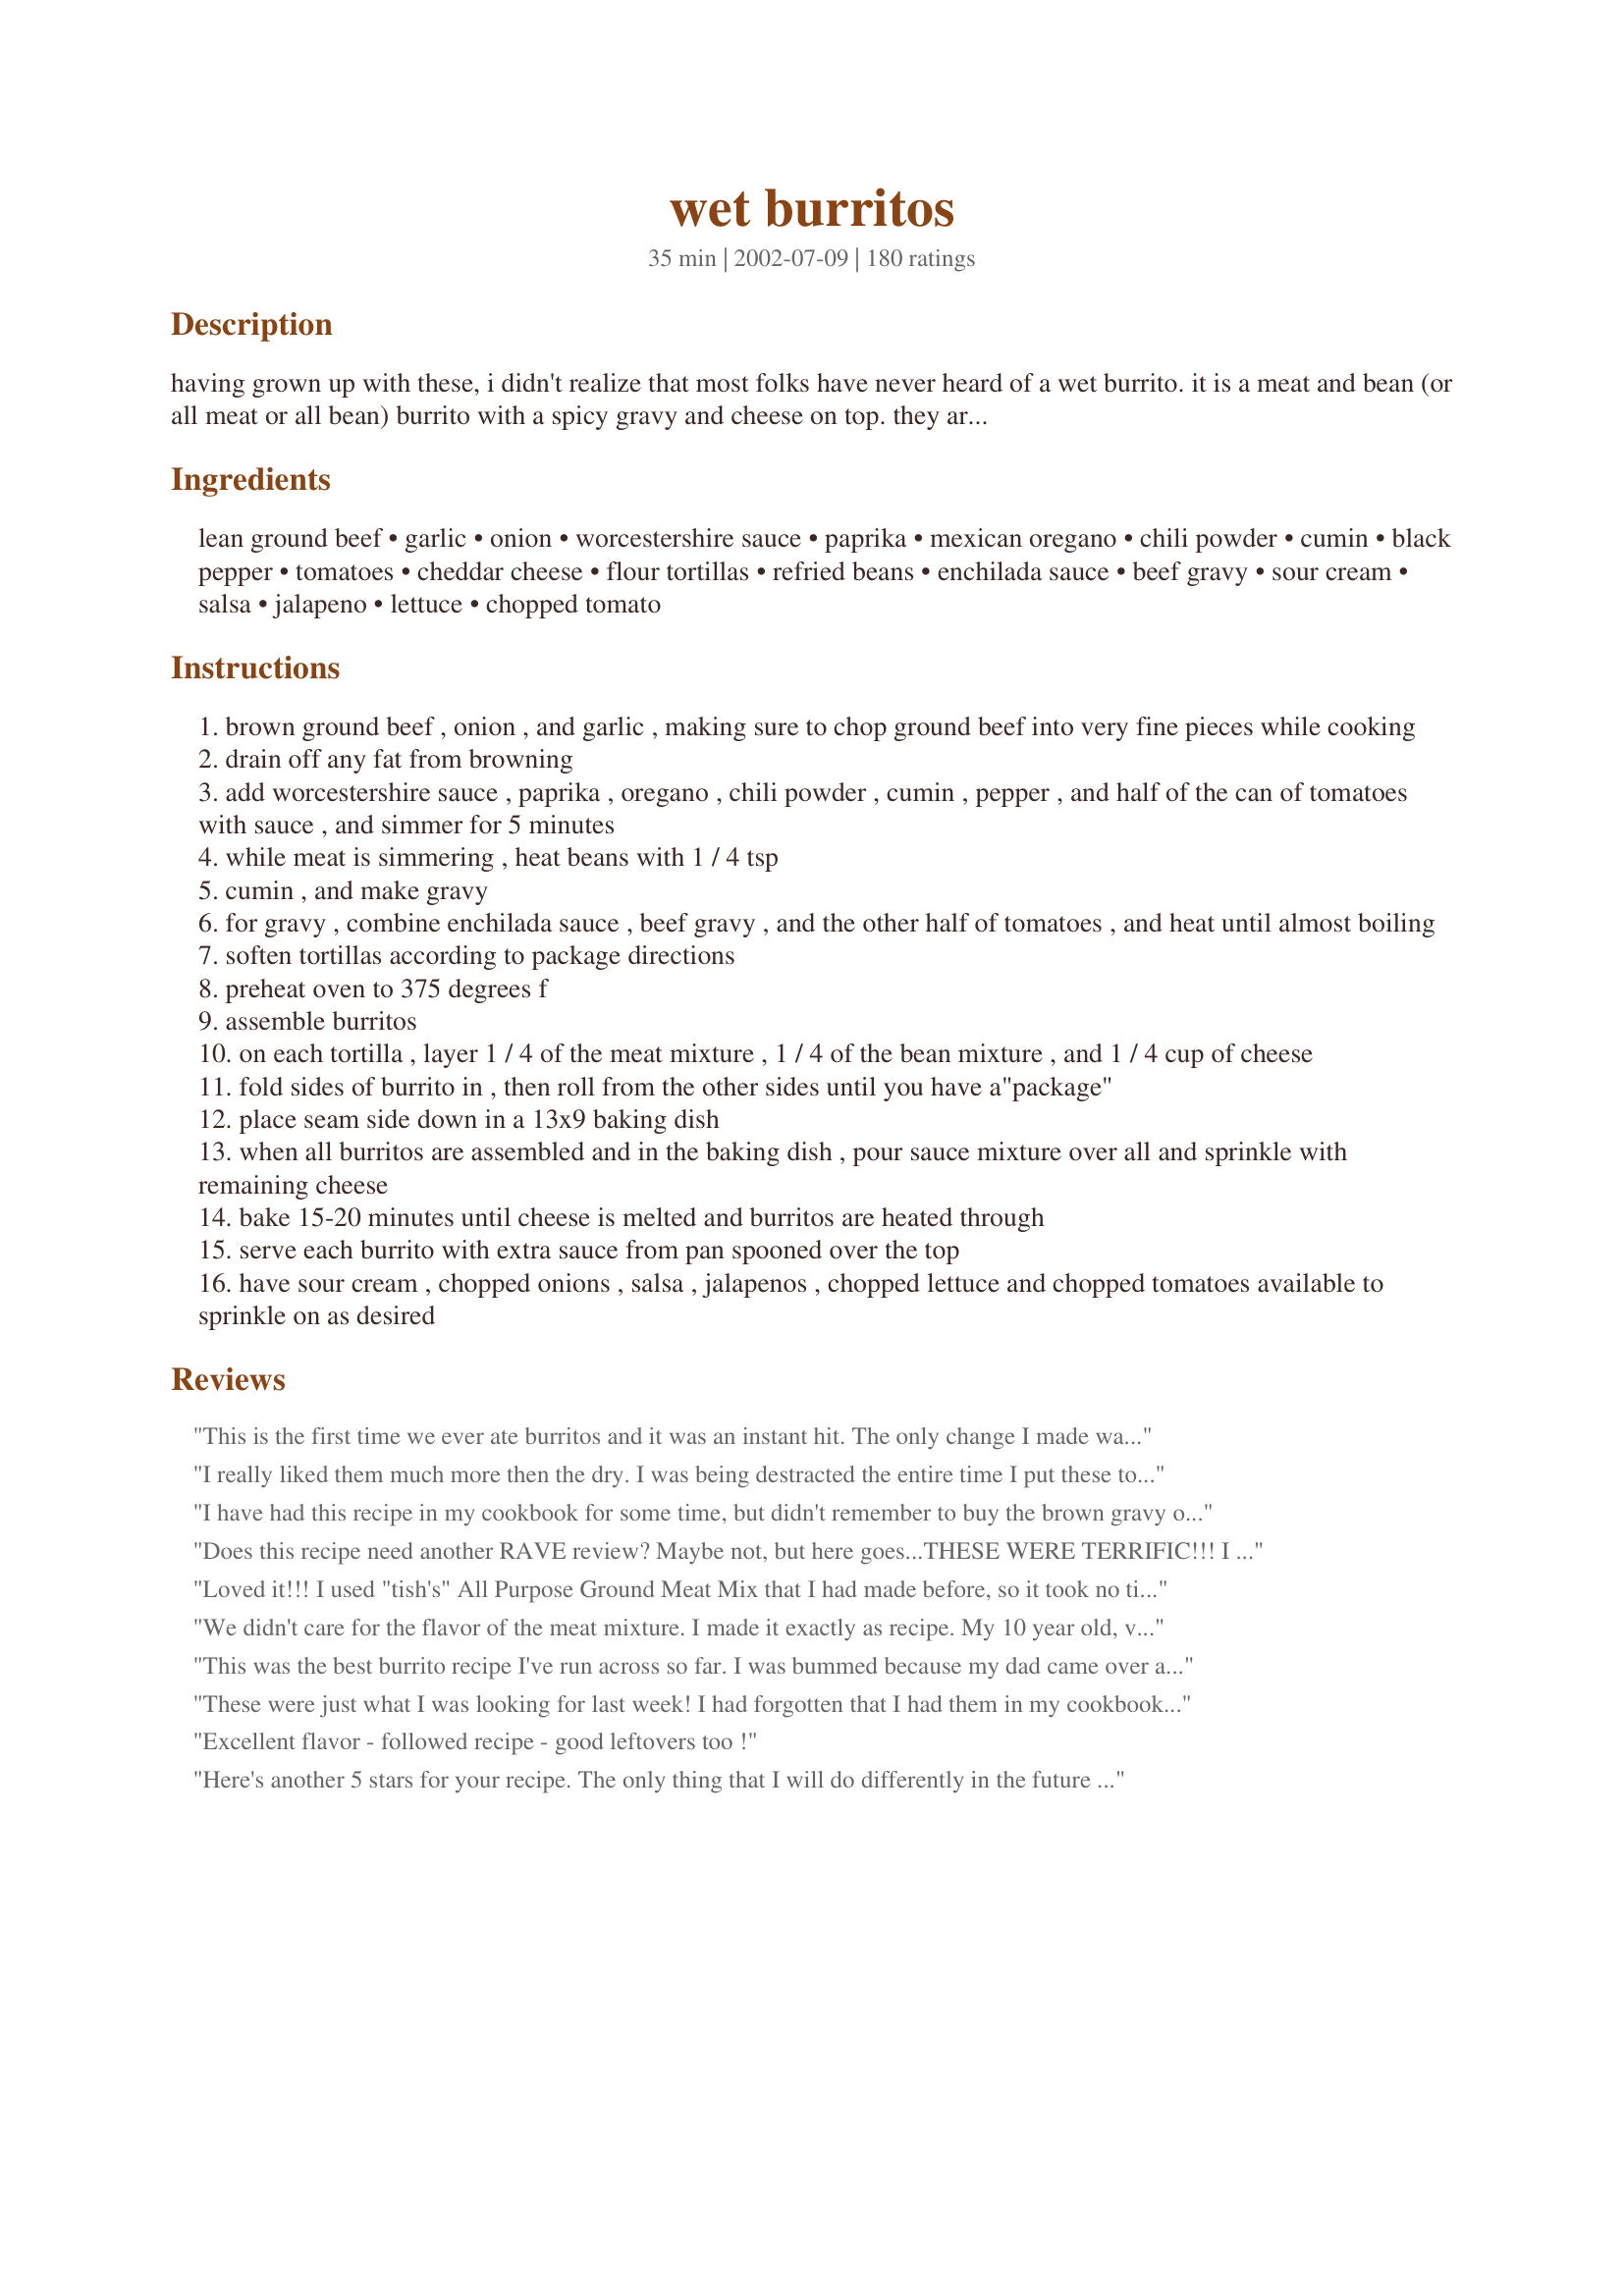
wet burritos
Preparation time: 35 minutes

having grown up with these, i didn't realize that most folks have never heard of a wet burrito. it is a meat and bean (or all meat or all bean) burrito with a spicy gravy and cheese on top. they are available here in many restaurants, and no self respecting bar would be without one on the menu, lol! once you try them, you'll never go back to

Ingredients:
lean ground beef, garlic, onion, worcestershire sauce, paprika, mexican oregano, chili powder, cumin, black pepper, tomatoes, cheddar cheese, flour tortillas, refried beans, enchilada sauce, beef gravy, sour cream, salsa, jalapeno, lettuce, chopped tomato

Steps:
brown ground beef , onion , and garlic , making sure to chop ground beef into very fine pieces while cooking
drain off any fat from browning
add worcestershire sauce , paprika , oregano , chili powder , cumin , pepper , and half of the can of tomatoes with sauce , and simmer for 5 minutes
while meat is simmering , heat beans with 1 / 4 tsp
cumin , and make gravy
for gravy , combine enchilada sauce , beef gravy , and the other half of tomatoes , and heat until almost boiling
soften tortillas according to package directions
preheat oven to 375 degrees f
assemble burritos
on each tortilla , layer 1 / 4 of the meat mixture , 1 / 4 of the bean mixture , and 1 / 4 cup of cheese
fold sides of burrito in , then roll from the other sides until you have a"package"
place seam side down in a 13x9 baking dish
when all burritos are assembled and in the baking dish , pour sauce mixture over all and sprinkle with remaining cheese
bake 15-20 minutes until cheese is melted and burritos are heated through
serve each burrito with extra sauce from pan spooned over the top
have sour cream , chopped onions , salsa , jalapenos , chopped lettuce and chopped tomatoes available to sprinkle on as desired

Reviews:
This is the first time we ever ate burritos and it was an instant hit. 
The only change I made was to take the cumin out as some of us don't like it.
I suggest everyone should try it once as you would probably have almost everything on hand and it's super-easy to put together and it tastes like you had to spend hours in the kitchen :)
I really liked them much more then the dry. I was being destracted the entire time I put these together. I doubled the recipe for the burritos but not the gravy but did not feel it necessary. Also, I did not put cheese, accidentally, in the burrito, so I just put it all on top.
It's a winner.
I have had this recipe in my cookbook for some time, but didn't remember to buy the brown gravy on my trips to the store (the other ingredients are common staples). I am so glad that I finally got my act together and tried these. The sauce for these Wet Burritos is soooo good. We will definately make these again...and I will probably use the sauce for my own enchillada recipe. :)
Does this recipe need another RAVE review? Maybe not, but here goes...THESE WERE TERRIFIC!!! I changed only a couple of things...used ground turkey, cut the cheese down to 1/2 a cup and divided the filling into 10 small tortillas. Even with those modest "waist watcher" cuts, this recipe is OUT OF SIGHT! Thanks SO much for sharing.
Loved it!!! I used "tish's" All Purpose Ground Meat Mix that I had made before, so it took no time to assemble. So easy n sooo good and I already had all the ingredients. This will be part of the rotation.
We didn't care for the flavor of the meat mixture. I made it exactly as recipe. My 10 year old, very picky son love it though. The gravy/enchilada sauce was tasty. I doubt we make it again. Sorry
This was the best burrito recipe I've run across so far. I was bummed because my dad came over and took my extra burrito, but he liked it so much, it was worth going without. I ended up with enough meat but ran out of beans, so I would up the bean amount next time....and there will be a next time to make these.
These were just what I was looking for last week! I had forgotten that I had them in my cookbook and was very happy to "refind" them! The only thing I did different was to omit the beans as I do not care for them, but stayed true to the recipe for everything else! These are delicious and such a nice change from the regular burrito!! The sauce is terrific, and the spice is not going to "flame" even the timid! Thanks for a tasty dish! :)
Excellent flavor - followed recipe - good leftovers too !
Here's another 5 stars for your recipe. The only thing that I will do differently in the future is make smaller burritos. I did have to make the beef gravy #187128, and had to use chili tomatoes. And, the cans of enchilada sauce comes in 15oz, but that didn't hurt the sauce at all. Very nice recipe, thank you.
Very good recipe- made some substitutions such as salsa for tomatoes, added more w. sauce, and omitted paprika. Could use a little something I can't place my finger on. Maybe jarred jalapeno slices?
This was Amazing! In the words of my teen son!WOW! the entire family loved it and even a few passersby!. I will post my pics aswell. This was good the next day too. I just made another batch of "gravy" threw on some extra cheese and warmed in the oven. Really good and easy. Thanks Terri, we won't be eating another "dry" burritos at our hacienda either.
These are great. A fond reminder of the West Michigan \
This was absolutely spectacular!!!!!!!!!!!!!!!!!!!!!!!!!!!!!
This is the new Mexican staple for my family, everyone enjoyed it and wanted to know when we were having it next!
To cut down on the calories/fat I used 1/2 turkey and 1/2 beef, lowfat cheese and s/c
These were great! This recipe makes tremendous size burritos-be prepared for a full tummy. Also make sure you read through the steps first to see if you have enough pots & pans ready to go-you need several. I found the cook time to be much, much longer than indicated-the 15-20 minutes covers the baking time, but the time spent cooking the sauce, beans, tortillas, browning the beef, etc took 30 minutes alone. Still, these were absolutely worth the effort and I would make these again.
These are VERY good!! We will have these a lot. Thanks!!
Even with all great reviews, I was hesitant to make these because of the beef gravy in the sauce. It just sounded really weird to me! But I gave in when my BF requested burritos for dinner. I made these as written except I chose to make Recipe #187128 to sub for the jarred stuff. I also didn't add in the cumin to the beans, since I didn't want to over-season the filling. I tasted the sauce before I poured it over the burritos and was so pleasantly surprised. It was delicious. My BF was upset I didn't make "dry" burritos but after one taste, he has been converted! A great meal... thanks for a great recipe!!!
Excellent. DH gave it good reviews which is rare. Made as directed except I omitted the beef gravy (I didn't have any on hand) and the flavor was superb. The seasonings were perfect for the taco meat. This is a good change from the packet seasoning.
Real yummy and filling! Then again, the two of us almost polished the whole dish, no wonder we are slightly over filled. I took advice of Mark H's comments and added some salt and heat to the meat. And only added 10 oz gravy to the enchilada sauce, since it was getting to look rather thin. This was delicious!
I have to give this recipe 5 stars, as my guys voted it "a keeper!" I used green enchilada sauce and combined with the beef gravy it wasn't the most appetizing color, but it turned out great. Thanks for sharing Terri!
I thought I had reviewed this and saw I still needed to. Very good recipe. I combined the beef and bean mixture into one. Thanks!
These were very tasty, pretty easy to do, and filling. I added chopped green chilies to mine and used green enchilada sauce, they were still awesome! My kids loved em. My finicky neighbor kids ate with us, and event hey liked them! Thank you for a new wonderful dish! I'd never heard of "Wet" burritos in Texas.
I am not sure I am a fair person to rate this, because I made a few substitutions out of neccesity. Anyway, these are great! We loved them. The sauce really makes the dish! My substitutions primarily were that I used a can of tomato soup (a couple dollops in the meat/bean mixture - as I combined it all) the rest I turned into enchilada sauce. Still worked just great and tasted just like enchilada sauce! These are even better the next day!!!! Thanks for posting!
This was awesome...my husband and I loved it....But it made way more than 4....so I rolles them all and divided them into 2 casserole dishes and left the cheese off one and froze it....then when we were ready to eat the frozen batch...I just defrosted them and put the cheese on and baked them in the oven....a bit messy but stll so tasty!!! I also put in black beans instead of the refried beans....and that was a great addition!!!! Thanks for posting...If you have any other mexican recipes I would love to get them from you!!!!
These made a very nice looking presentation. Next time I am gonna try with shredded beef. I did add a little bit of salt to the meat too.
This was a lot more work, or at least dirty pans, than our usual 'dry' burrito recipe. I made it with kidney beans instead of beef, and froze half the burritos for later -- we got waaaaaay more than 4 servings! I loved the flavors of the spice mix, but think all the separate cooking was a bit over the top for a vegetarian version. If I make this again I'll just combine the 'beef' steps with the refried beans, and use far less than 1 lb. kidney beans for 4 servings.
AMAZING!!!!! So quick and easy to make and they can be made ahead of time so it was perfect! I didnt use the gravy and i put the whole tin of tomatoes in because I was using (http://www.food.com/recipe/texas-red-enchilada-sauce-42094) a rather spicy sauce for the top instead of the premade sauce. I also didnt put in the chilli as my sauce is quite spicy and my dinner guest doesnt like her food too hot. But when I browned off the meat, garlic and onion I used a little chilli infused oil. SO yum! This also made heaps. My tortillas may have been smaller than the normal sized I dont know but my 9x13 dish was chock full (with 9) and I also got another dish of 5 to go into the freezer for another meal. Thank you very much for a recipe that I will definately use again!
We loved this! The sauce was great. The only thing I did differently was to use these new "freeze dried" refried beans we found. They taste a lot better than canned and are much more creamy. All you do is add water. OK sorry not an add for a product, but a review :-) These were wonderful I think next time I might try throwing in steak strips instead of ground beef. UPDATE 10/1/07: I made it again last night we NEVER EVER do this with ANYTHING but I licked the plate clean *blush* and he thought about it.. DB suggested I add "plate lickin' good!" to my review :-) UPDATE 5/2/09 - I forgot to mention we like the sauce better with a 20oz can of enchilada sauce and a 12oz jar of beef gravy.
Very good. The sauce was surprisingly good.
Very well deserving of 5 stars! The only change I will do next time is make 1/2 the gravy sauce and not serve any extra sauce with the burrito when I plate it up.
wonderful!!! looks a lot harder to make than it is- very easy actually. this is a keeper~ even my two yr old inhaled them :) thanks terri!
Easy to make and flavorful, but dirtied up a lot of dishes. We had a lot of leftovers and we're pretty good eaters. I think this could feed 6 easily. Nobody was really sold on the sauce the first time I made it, so I tried different enchilada sauce and smaller jar of gravy the second time and we still didn't like it. Too bad, I remembered really liking the wet burritos we had at a local Mexican restaurant as a kid, but have no idea what the sauce was. Thanks anyway.
Update: We really like this if you just leave the gravy out and use extra enchilada sauce. I've also found you can save a dirty pot by just adding the beans and cumin to the meat after it browns and heating it for a couple minutes, and it tastes exactly the same.
These were awesome!!! DH said "these are actually pretty good", which he rarely likes a "new" recipe. I did have one change. I didn't have any enchilada sauce, so I just stuffed the burrito with the gravey mix (minus enchilada sauce) and then didn't pour any over the burrito. I know, it doesn't make it very "wet" but it was delicious.
Oh WOW. These were great. I used steak/shrimp instead of ground beef. I didn't use the canned tomatoes, my kids freak at the sight of tomatoes. The sauce was SO YUMMY! I was hesitant at first, but will never have a burrito without that sauce again. Thanks!
YUMMY!! I made as directed except I used homemade enchilada sauce and black refried beans. This recipe is quick and very easy. It really makes plenty for everyone more like six servings instead of the four listed. We will be making these again and again. Thanks for sharing!
My kids want to have these again soon! My husband and I not so much. After trying them, I refer to them as "Truck Stop Burritos." Nothing Mexican or even particularly Tex-Mex about them. They'll probably go on a once a month rotation.

The amount of filling listed made 12 good sized burritos and there was more than enough gravy for all of them. The children cheered when they realized they got leftovers for lunch the next day.
Made these tonight for dinner. Awesome ! The recipe is a keeper.
LOVED IT! Both husband and I thought this as great!! I did use taco seasoning in place of the spices, and I used 8 small tortillas instead of 4 large. VERY tasty!
These were wonderful, so easy and so filling!!! I actually doubled the beef and used 1/2 the beans and 1 can tomatoes instead of 1/2 can and added a few sliced jalapenos - just for DH's taste - made 6 HUGE burrito's. There was more than enough sauce - which was so good!! This recipe is a definite keeper!! Served with guacamole, sour cream, black olives - Thanks!!
Like a lot of other reviewers - I hadn't heard of Wet Burritos either -mind you we are Down Under, so they just haven't made there way here yet! I've made these a couple of times now (first chance I've had to review them) & there absoluteley wonderful, DH prefers them to the other burritos, just make up a salsa or salad to go with. Followed the instructions pretty much to the letter. As there is only the 2 of us, I usually freeze about half of them to have another time. I will be making again and again. Thanks Terri!
WOW! Me and my son really loved this recipe! I had plenty to bring as leftovers to work and everyone wants a copy. This recipe rocks!
This recipe was excellent. I have been looking for a long time to find a good wet burrito recipe. I am so glad I finally found one. Thanks
We loved it! Great flavor!
Never had a wet burrito before, these were awesome!!! Thanks for introducing me to a new taste that is quite a treat !!!!
A little too sweet for my family. Not crazy about the beef gravy either.
Want to to take this wet burrito to a whole new level ?! Make your own enchilada sauce ! It took me 5 mins ....seriously. There are plenty on Zaar to choose from.
These were wonderful! We had them for cinco de mayo with company, and eeryone loved them!
Really REALLY good. I made my own gravy and enchilada sauce but followed the rest of the recipe. Sooo tasty.
Fantastic! I love mexican food and can be very specific. My husband and I both thought this was great!
These are soo yummy!!! I have made them twice - once with the ground beef and once with leftover pulled pork - both were outstanding!! I was amazed at how easy and quick the whole recipe came together. I, like others mixed the beans into the meat mixture - saved on the number of dishes. Will try this recipe with chicken next. This will become a dish in the Cinco de Mayo dinner rotation!!!
My DH gave this a 10. It is very good I prepared everything that is needed before and put it together at the last minute. I don't think we have had anything quite like this previously, even tho we love Mexican.... and southwest and have eaten alot of that. Thanks for posting!!
I recently decided I was going to be very sparing in awarding 5 stars, but this one demands it! I loved the flavors in this. Instead of beef, I ground up some leftover chicken from a roast and proceeded with the rest of the recipe in the same way. I cut down on the chili powder to one teaspoon, because all I have is very hot, and it was just enough kick. Thank you for a delicious recipe!
I was about to make borring dry burritos from left over chicken and tortillas, and thank goodness I looked here first! I didn't have all the ingredients, but I did use all the spices with the onion and chicken for the first part of the burritos and that made it super! I used my own home made salsa and refried beans and of course the cheese and husband said they were awesome and my son asked for more.. Thanks!! :)
This was a very good dish. We definetly enjoyed it. I think we favor the dry burritos alittle more. I would give it 5 stars if I thought I would make it again, but I probably won't (and not because it wasn't good!).
I made this tonight with shredded roast beef. This was very good and DH thought it was good enough to take in lunch tonight. Thanks for sharing a great recipe!
Holy,Moley,guacamole! Darn right tasty! Made 'em for dinner tonight,and they got scarfed up.(My Kiddo had her best pal over for dinner,and ate her whole burrito up - I couldn't even do it!) We have a local Mexican store on the Southside of Milwaukee,that makes flour tortillas,which are about a foot in diameter,and sold to the chain stores around here - got a fresh batch of them for this. Really,really good. Only thing different I did was add some chopped chilies after I put the cheese in the tortillas. Man, I'm loving this "Zaar" experience - so much good food, and so little time.
I'm planning on making your bleu cheese dressing for my salad on Christmas Eve, along with my 3-pound lasagne. Have a great holiday season, and thanks for introducing me to Wet Burritos.
Terri, Great recipe! My daughter has requested these for her birthday dinner. I'll make them a few more times before then though!Didn't make any changes(Why mess with a good thing?). Thanks for the post.
Loved these! They were a hit with my entire family! Very yummy! I didn't have any Mexican Oregano hand so I just used reg. oregano. The other substitute I made was to use the copycat recipe for taco bell sauce instead of the enchilada sauce...only because I went to get the enchilada sauce I thought I had in the cabinet and it wasn't there. I had made the taco bell sauce recipe a few days ago and had it in the fridge, so I used it. It worked out great. I got 6 burritos instead of 4. Maybe my tortillas were smaller, but they wouldn't hold the amt. of filling that was in the directions. I baked 2 of them without any sauce (but spayed them with oil to crisp them up) so I could put them in the freezer. Hopefully they will be good nuked for a quick, easy lunch. Thanks so much Terri F.! This is definitely a keeper that I will make often.
These were a hit at my house. I deviated from the recipe just a little bit: I replaced the canned enchilada sauce with Mark H.'s Recipe #42094, used regular oregano, and wrapped in whole wheat tortillas. I also used fajita sized tortillas so i could eek out a couple more servings and lower the portion size a bit. Although I really liked what the jarred gravy added to the recipe, I don't generally like the extra sodium it lends, so next time, I may omit or search for a suitable alternative. Overall, something I am sure my family would love to eat weekly, but will serve a little more sparingly (esp. after noticing the nutrition facts- ha!) Served with Spanish rice. Thanks again!
This is definately a keeper! I didn't use meat, just beans which I cooked in the crockpot, then mashed. I didn't have botteled gravy so used some from another dish I had made. this turned out nice with lots of sauce and my whole family loved it! Thanks Terri!
These were very tasty. I just added the beans right to the simmering meat and it worked out great. I also like to add frozen corn into the mixture as well.
Soooooo good! It was enough to feed 5 of us. Tasted like the wet burrito from my favorite Mexican restraunt.
I was looking for something different to make using ground beef and came upon this recipe. It was a last minute dinner decision so I didn't have time to plan and have all the ingredients on hand so I had to make a few subs. I didn't have refried beans but I had a can of pintos and also some homemade that my husband made. I also didn't have enchilada sauce or beef gravy so I had to make those from scratch. Amazingly enough, I had everything else. I had a little work to do to make this dish but it was well worth the effort. We have a large family (5 children, 1 on the way) so I had to double the recipe. Everyone loved these burritos and had seconds and thirds, except my 2yo. I didn't serve with anything other than a salad and no toppings other than hot sauce. Needless to say we were all very pleased with this dish and I will be making it again only I will have to use different tortillas because the ones I use are too thin. Thanks for the great recipe, Terri!
We have made this recipe numerous times and really love it. This is one of my wife's favorite meals. A critical ingredient in this recipe is the gravy. It makes a big difference in the final result. If you wouldn't use a jarred gravy on your mashed potatoes, please don't use it here. We have had the best results from using au jus. Thank you very much for posting this family favorite.
Very good and easy. We loved them. Thanks for sharing!!
I was sceptical especially when I was making the gravy tasting everything as I was going it seemed so bland I really had to remind myself to just follow the recipe! I am so glad I did they were really, really good more so the next day! It did make 12 medium size as I was using the flour tortillas I had on hand, I did make a pico de gallo to put over the top when serving. Made again several days later and made my homemade flour tortillas and it was even better. Thank you for a super easy great tasting wet buritto that had my family cleaning there plates!
These were very good and easy to prepare. The only change I made was I added a couple of pinches of salt to the meat after it had simmered with the tomatoes...it tasted a tad bland to me without some salt. I also used the "hot" enchilada sauce to make sure there was some kick to it. Otherwise I followed the recipe as close as possible. I'm sure these will be made many times in my house. Thanks for posting Terry.
My husband really enjoyed this dinner, I thought it was just a tad off. This made 9 burritos for us and I used the big restaurant supply tortilla's. These were easy to prep and I mixed the beans and beef together prior to stuffing the tortilla, added cheese then folded. Overall we liked them and I will try again but next time will peak the recipe more to my liking. Thanks for posting!
Our family really enjoyed these burritos. This was the first time I had heard of a wet burrito. I was not dissappointed in the least.
I used recipe #31811 Enchilada Sauce By Kimke. Leftovers were just as good if not better the next day. YUMMY!
Very good and easy to put together...used very lean meat and fat-free beans and they were still very flavorful. Makes alot of sauce.....I also got 6 burritos out of this recipe, using soft-taco size tortillas. Yummy with shredded lettuce, sour cream and black olives on top!
First of all, I'd like to thank you for posting this because my 6-year-old ATE IT. I couldn't believe it. Even my 1-year-old ate it, but he eats anything that doesn't move. He ate just over half of one! (No luck with the 4-year-old though). Great taste, the gravy adds a great dimension to it. I wasn't sure whether too bake uncovered or not, so I did uncovered. It wasn't dry, but I think next time I'd cover it. I spread the refried bean mixture across the tortilla (about a heaped soup spoon's worth) instead of as listed. Anyway, the husband said "delicious"!
My husband said he can have this everyday!!!! Amazing comment coming from someone who is very pick. I did not have beef gravy so i just added one beef cube in 1/2 cup of water.Thanks a lot for sharing.
These were really great. My whole family loved them. I wasn't able to find Mexican oregano, so I decided to throw in 2 tsp. chopped fresh cilantro to the beef mixture. We will be eating these again. Thanks Terri F.
These are relatively easy and tasted very good! I, too, added salt to the beef mixture and more seasonings. I was very skeptical about the gravy and enchilada sauce mixture, especially when I tried it while it was warming up. I almost dumped it, but after baking in oven over the burritos it ended up tasting pretty good. Might try with shredded beef next time for something different. All in all a good recipe. Thanks!
This is very good. It makes a lot too. I added some salt and an extra clove of garlic but other than that made as directed. Thank you. I'll definitely make this again!
Did EXACTLY as written and they were AMAZING!!!.
It's hard to comment after 69 other glowing reviews... Add my name to the growing list of happy wet burrito eaters--thanks for a wonderful recipe.
These were delicious! I admit I cheated and just added a package of store bought burrito seasoning to the hamburger and owing to a ridiculous crop of hot peppers in my garden I chopped some and cooked them with the meat. I also added jalapeno slices to the tops of the burritos before baking. Like others I was skeptical about using beef gravy in the sauce but now that I've tried it I wouldn't make them any other way. Thanks so much for sharing this wonderful recipe!
Oh My Gosh, These are Delicious, We had never had a wet burrito. 
Very filling, easy to prepare. I to was leary of the brown gravy in the sauce, gee, it gives it such good flavor. I used ground turkey instead of beef, 1 can of refried beans, used shredded mexican blend cheese, (the spices are just right for us) and Low carb-whole wheat tortillas. Served with sour cream and my home canned salsa. I can't wait to make them for our DS & DDIL they will love them. Thank you Terri, for posting such a delicious recipe.
Count us among those who love this recipe. I followed the recipe quite closely. I used more ground beef, added a can of green chilies to the beef. a 1/2 can of black olives to the beans, and a bit more cheese. It was as good as any wet burrito we have had. There are no good Mexican restaurants here in Key West so this recipe will be used whenever we need a Mexican fix. We may try making six rather than four next time. These were really stuffed with only four. Thank you. We really enjoyed this recipe.
I 'converted' this to chicken burritos by finely chopping pounded chicken breast instead of beef. I also used chicken gravy instead of beef. In addition, my wife doesn't like the texture of onion so I used 1/4 cup of grated onion in place of 1/2 cup chopped. This had an excellent flavor. Don't be discouraged by the amount of ingredients.
This was delicious. I doubled the recipe to feed our family of 6 and it was a hit with everyone. My husband even took the leftovers for work--something he almost never does! Thanks for the GREAT recipe!
Yup, gotta do it. Here's another review. FANTASTIC RECIPE!! I was a little nervous about using jarred gravy, I don't know what I thought was in the jar of gravy but, after all the good reviews, I thought how bad can it be. So, so glad I tried this recipe. I thought it was restaruant quality. Spicy, tasty and looked good too. Thanks so much for a new mexican recipe I can actually make! If there is anyone out there that Hasn't tried this recipe, do, it's awesome!
These turned out very good! They are very filling and have a good flavor. They are like enchiladas and the taste reminds me of a more time consuming recipe I always make, but these are a lot easier. My husband really liked them and he's hard to please. I will be making again! Thank you!
I tried this even though I don't like refried beans. DH does so I used the beans for his and left it out for mine. I also used leftover roast beef from the crockpot, (tender and shredded) So perfect DH says to make it again soon, kids said it was great too. None went to waste even though I tripled it. Very good
Excellent recipe, great flavor.
I used half the gravy because I didnt want to make it too "soupy" but it turned out fine.
Gayle
Excellent easy recipe that my family loved. My ds said they were the best burritos I ever made. Thanks Terri for posting this recipe. I will be making these again soon.
This recipe is so delicious! My husband doesn't even like burritos and he LOVED these. They were even better the second day! This is a keeper.
I served these for company last night and everyone enjoyed them. I doubled the recipe, but other than that, I didn't change a thing. The sauce was so tasty, just the right amount of seasonings.
This is very good! I used chicken instead of beef and didn't use gravy, and it was still excellent! Thanks for the recipe!
My family was skeptical when I announced wet burrito's for dinner--until I saw this recipe we have never heard that term used. They will hear the term again as we all enjoyed this dish. I did not make any changes to the recipe and won't going forward; it is delicious prepared just the way the recipe states. Set out a variety of toppings.
Thank you for sharing.
I can't believe what a difference the sauce makes on burritos. This is so yummy! I added the beans to the meat mixture instead of heating separately. This is definately a keeper!
If you love Mexican food and have not tried this recipe ~ make plans to do it tonight! This is SO simple to prepare, it would be a shame not to try this! My husband and I both felt this recipe is better than the burritos you get at a Mexican Restaurant! When putting together the ingredients for this recipe, be certain not to skip the condiments which are a vital addition!!! I got 5 large burritos from these ingredients, still fitting perfectly into the 13x9" pan. It might be a good idea to spread a bit of the gravy on the bottom of the pan before adding the burritos, as they did stick just a bit when serving. I used lots of Mexican blend of cheeses to top before putting into the oven. Terri, we may not go out for Mexican anymore!! We have it all right here at home : ) Thank you so much for sharing this wonderful recipe!!
you're right I had never heard of a wet burrito before now. But am I ever glad I tried this. I had people for dinner and everybody just raved about these. I served them with my version of spanish rice. The only change I made was to use regular oregano instead of the Mexican Oregano. I don't know if that would change them much but they were fantastic.
I made this recipe as posted. I think it is a good recipe but I doubt it will be replayed here. There are a lot of ingredients and for the price and work, I don't think it equalled out well for me. I guess I am a cheapskate, anyway, easy to make and flavorful. Felt like I was back in my bar menu days.
These were pretty good! The didn"t understand the need to cook the beans by themselves... I put them right in with the meat once the meat was cooked. I also added a can of green chilies. It was easy to make for the most part, hubby took the leftovers for lunch today. Thank you for posting !
taco tico had an enchilada with that kind of red sauce on it and i have always wondered how they made it> NOW I KNOW!these are the only burritos that i will make from now on, and all this time i've been eating dry burritos? whats up with that?
This is a recipe I've had in my cookbook since the day it posted and I could kick myself for not preparing it sooner. It's delicious! Now we know where Taco Bell got their idea for the "Enchirito", but this is so much better, believe me. Forget Taco Bell, fix this and never look back! Thanks for the recipe! -- posted May 8, 2003 Updated 07-28-04 I have made these so many times, and believe me, they taste perfect just as the recipe is written. They are huge! A meal in itself, and definitely a family favorite here. I wouldn't think of making wet burritos any other way! Thanks so much!
These were OK but I really did not care for the gravy in the sauce-perhaps it was the brand of gravy I used-will try w/o next time. This was a very easy recipe; made 8 large burritos; great flavor but I did add more spices and heat for our taste. Thank you!
This was great. To reduce the huge fat content I used ground buffalo (18.6 a lb instead of 45.4g of fat), low fat cheddar, and low fat sour cream as well as refried beans and tortillas. 

Never had one before but this wont be my last :)
Thought I would try a different recipe as I have made the Fabulous Wet Burrito #122179 which are very good...these turned out great...I did enjoy the sauce...I am sure I will be making these again.
These are so yummy! I have to admit I wasn't sure about the brown gravy in the sauce but it was really good. All I had were the small tortillas so it made 8 burritos. Used a mixture of mozzarella and cheddar cheese. DH raved about the taste. That's always a good sign! All that was missing was a margarita.
This is absolutely delicious! Followed the recipe as close as possible, I got 5 large burritos and froze enough filling for 2 more. The sauce is so good, wouldn't change a thing. My husband gave this 2 thumbs up and said this is definitely a keeper! Thanks Terri
It took a bit of time to make them but they were worth it! I think I will be making these alot!
I am one who has never heard of a "wet" burrito. But, I am glad you introduced me to them. My family really enjoyed these. I liked the flavor of the enchiladia sauce with the beef gravy. Yummy. I will make this often as we really liked them. I served these with spanish rice and tortilla chips and guacamole....Stephanie
These were very good, and I was able to make 5 huge burritos using 10&quot; tortillas! I did make a couple of additions - I added a 4-oz. can of chopped green chiles to the beans and a small can of sliced black olives and some chopped fresh cilantro to the &quot;inside&quot; of the burritos. Sauce was great. I served with (optional) sour cream and chopped green onions at the table. My only complaint came from something I questioned as I was assembling, and should have followed my instincts on. I wondered about either greasing the inside of the baking dish or putting some of the sauce on the bottom before the burritos. I wish I had, the bottoms of all 5 burritos stuck to the baking dish and so presentation was not good. But, now I know for next time! Thanks for a great recipe!
Delicious. Everyone enjoyed these - I made a triple recipe to accomodate my family because there were 7 of us - 5 of them teenagers and there were two burritos left. Definitely a keeper.
Made for dinner when my DGD
was visiting. Followed the recipe exactly and it was a big hit. We loved this!! Will definitely be making again. Thanks for such a good recipe!!
My family flipped for these burritos. All of the kids ate them and that hardly ever happens. We didn't care for them as leftovers. I would only make as many as you will eat when they are fresh. I also think that you can get at least 6 (I made 8) burritos out of a single batch. I had the big tortillas too. I love mexican and this is my new favorite dish.
This is more than a 5-star recipe! We all loved it! I used recipe #42094 Texas Red Enchilada Sauce in place of store bought.
Wonderful! The only changes I made were to add the beans right into the meat and added a pinch of salt. Tastes just like the ones we used to get in Michigan.
These are excellent! Love the flavor although I was a tad skeptical when I saw the gravy but it came together beautifully. Thanks!
This was very, very good. I doubled the recipe and ended up with a lot of sauce left over, maybe because I put the eight burritos in a 10 X 15 pan. They were plenty wet even so. I also thought the meat was a little blah even after adding salt so added a couple of tablespoons of Bufalo Chipotle Mexican Hot Sauce and about 1/2 a tsp of chipotle powder. That gave it a very small amount of heat and we needed that! Like another reviewer, I used Texas Red Enchilada Sauce instead of canned sauce and used Costco's beef gravy mix and water to make up the jars of beef gravy. I ended up adding more Bufalo Chipotle sauce to this as well to heat it up and round out the flavour. This is the first sauce of this type I have ever liked, and it was perfect for this dish. Next time I will combine the beans and meat in the same pan to make cleanup a little easier. Once they are in the burritos, you can't tell if they were or weren't mixed together. Thanks very much for posting this, everyone liked it.
my husband says it is a keeper.. thanks for sharing.. almost felt i was out at a restaurant.. thank gosh for this recipe swapping site.. has helped make me a good cook.. my husband does the dishes cuz i cook so good now he always wants me to do it.. and so he cleans up.. hooray.. so thanks for another addition to his favorites.. and mine
Our daughter prepared these for my husband and I, and definitely agree that they are wonderful! Thanks for sharing this recipe.
I have been holding onto this recipe for quite some time because I was very skeptical about the brown gravy included in the list of ingredients. I thought that I would give it a try because everyone else says it was great. I was very surprised. It all came together very nicely. I read other reviews and was not really keen on the idea of having a lot of dishes after making this, so I combined a few steps into the same pan. After I made the meat mixture, I then added the bean mixture to the same pan. I put the gravy mixture into the microwave to warm it. I did not have mexican oregano, but I have never used it, so I did not feel as if I was missing something. I also used homestyle pork gravy as that is all I could fine. It still worked out great. My husband who is a HUGE fan of burritos has not tried it yet, but since I liked it, I will definitely make it again. Thanks for a great recipe.
So good!!!
The sauce was good, but I didn't love the seasoning for the meat...I thought it tasted too much like taco seasoning (maybe because of the cumin). This took me a while to make too since I ended up making the enchilada sauce and the gravy...next time I will try to have those things on hand so it doesn't take so long. I also used about 1/2 the beans it called for so they didn't turn out quite as big...and they were still quite large. Pretty good overall.
Loved this recipe. I agree about adding some hot sauce to kick it up a bit. Next time I will thicken the sauce up a bit with some cornstarch. Otherwise, this is the perfect recipe to make again and again, especially since it is quick and easy.
ok changes I made: I used the diced tomato with jalapeno, I only had a 12oz jar of gravy. but thought it was perfect. used cayenne pepper instead of chili powder,, used black beans for hubby and refried for mine. added minced green olives,parlsey,basil garlic powder and cumin to meat. added 3 packets of goya sazon 1 1/2 to meat and 1 1/2 to sauce. skipped heating the beans.this was sooo good. worried at first but well worth it. thanks!!!
I agree with everyone's 5 stars, fabalous, which I could get them like like in our local mexican restaurants, Delicious!!!!!!
I have had this recipe in my cookbook for ages and just only today made it--a shame. Very good although quite a production to make. I live in a place where nothing is available so I made the enchilada sauce, refried beans, etc etc. The meat mixture did need salt, but that is all I would change. Recipe says it makes 4, they would be huge, I'm glad I made it into 6, next time might use it to make 8 servings. I couldn't eat the whole one having made 6, the husband did, but we both vowed to have soup for dinner. Good one, anyone would like it.
These were AWESOME! My whole family loved them! My husband even raved about them, and he normally doesn't say too much when I try a new dish out on him. I served them with spanish rice and charro beans. I followed your directions exactly and topped them with sour cream and fresh chopped jalapenos! I will definitely be making these often! Thanks for posting a great recipe!
Wonderful recipe!! This was easy to make and was well received. Had a little extra meat and beans, ended up eating that on chips and was just as enjoyable. VERY filling, and I even reduced the filling amount in each burrito, making 5 total burritos instead of 4.
These were the best wet burritos we have ever had. I think the brown gravy is what makes it. A little time consuming to make but well worth it.
This dish quickly became a family favorite. The gravy is easy and delicious, and the burritos are great when reheated the day after making them. My husband and I are hooked. If you're feeling lazy, top frozen PATIO burritos with the gravy, cheese, and chopped onions for a cheater version.
Fantastic and so flavourful. Had to make a few substitutions because of what was in the pantry. Used tomato sauce not diced tomatoes. Also used salsa for the enchilada sauce. Will definitely be making these again. Thanks for the great recipe.
These were pretty good, but I thought they were a bit bland for our tastes.
These are very good. Made a double batch and man am I glad I did. The boys inhaled them. They even had them for breakfast the next morning. Very easy to make, had all the ingred. on hand. Yum,yum.

Delish!
I've had this recipe in my box forever. The gravy kept holding me back but last week I decided to go for it. These Burrito's were delicious. I got distracted while cooking and accidentally added the meat to the gravy instead of putting the meat in the wraps but it didn't change the flavor, just made for skinnier Burrito's. The gravy added a really good depth and richness to the sauce. Moved to my "Keeper" file and will be used often. Thanks for sharing.
Wow! We loved this! Followed this exactly and will be making this again and again! Thanks for the recipe!
I have never met someone who had a REAL wet burrito and didn't love it. These are REAL wet burritos!
After my Dad told me a story of having brown gravy on enchiladas at Mexican restaurant in Columbus, OH I had to try this recipe. And with 120 other reviews, I was not too nervous - with good reason! These Wet Burritos are easy to throw together and delicious! The only thing I did differently from the recipe was instead of pputting 1/4 of the beans in each tortilla, I just dumped the beans into the ground beef, then stirred in the cheese and THEN rolled it into the tortillas. I am so glad that I doubled the recipe and made two pans because now the entire family can look forward to these again soon!!
We liked these. I used brown gravy packets to substitute for the jar. I also substituted turkey for the ground beef. These were tasty. I think we prefer regular enchiladas, but it was a nice change. They were better the second day. Thanks for sharing!
These remind me of ones we used to get at a pub in Michigan...WOW! Really good!
Five stars!!! It is because of recipes like this that I love to try new foods. These were amazing, I have never had a &quot;wet&quot; burrito before and I can guarantee you, I will be enjoying them again and again. I couldn&#039;t find Mexican Oregano (Australia has limited Mexican food items) other than that made as written. Thank you for posting!
I made this for my husband and I the other night & we both liked it, but I do think the cumin overwhelmed the other flavors a bit. Next time, I'll cut that down some. Otherwise it was a delicious meal. Thank you for posting it.
This was good! I made it to reheat another day and found the flavor intensified and was much better the second day. The burritos were great but I wasn't totally in love with the sauce...not that it was bad, just not fantastic! When we make it again we will do a more enchilada/taco sauce mixture. Thanks for the recipe Terri F.
I will be the first to admit all the ingredients scared me! lol But this was really easy to make and tasted very good. I agree with another reviewer that next time I will leave out the gravy. Will make again!
This started off as a 4 star very good then I had leftovers the next day and move it up to a 5star recipe VERY GOOD! Will make again and maybe wait a day to eat it gosh it was great the day after.
These were great! Didn't have the large tortillas, so made 6 smaller ones, that way we'll have leftovers! Thanks.
Very Good!
Wow, these were good. For our tastes I will spice them up a bit the next time and there will definitely be a next time.
Great recipe! I too am from western Michigan. So I know exactly what a "wet" burrito is, and you right most people don't know about the "wet" burritos in other parts of the country. Anyway, this was a very good recipe. I have made this several times, it's my Mom's favorite meal for me to make for her. I made no changes, other than I mix my refried beans in the meat mixture. I do however use a disposable 9x13 foil pan when I make these if I can. They are quite messy to clean up. I sometimes also make the meat mixture the day before and then the I am having these for dinner is quick and easy. Plus the flavors have had a chance to blend. This one is definitly a keeper!! Thanks!
Great recipe! I doubled the recipe to feed the family and still had a ton of leftovers (the servings are huge). We ate Wet Burritos for two days and loved it all! Even the youngest devoured his plate. The only change I made was quite a bit more chili powder/seasoning in the meat filling. Thank you for the introduction to this wonderful dish. We'll be making this again and again.
A very enjoyable meal - I made it exactly as posted. We had some friends over for a movie night, and they loved it as well. The next time I make these, I will try them with ground turkey.
These were a hit. I followed the recipe as written and wouldn't change a thing.
I made these last weekend (sorry for the late review) Actually I premade them with out the sauce for a quick Monday night dinner. I will be honest, I've had these in my cookbook for a while and was so skeptical about the brown gravy mixed with the enchilada sauce.........to the point that I made the sauce while my family as involved in other activities. lol WE ALL thought the burritos were wonderful. I added a bit of chili powder, maybe 1 tsp and 1/2 tsp salt otherwise I followed the recipe to the letter and these were mighty big and mighty fine. I will make a double batch next time and freeze minus the sauce for a quick tasty dinner. Served with sliced avacado, lettuce, jalapeno and sour cream. This is a real treat! Thanks
It was ok, but the sauce on top wasn't my favorite. Just my preference, nothing really wrong with the recipe. I'd rather just have plain enchilada sauce.
This was different. I like the fact that we didn't have to use prepackaged seasoning mix. I can control the amount of sodium. I mixed the refried beans together with the meat and rolled em up. These guys tasted even better the next day. I warmed them up in the oven instead of the microwave. This will become a regular at our house.
I never knew wet burritos existed, but now that I do, I doubt i'll ever make burritos another way. Thanks for this recipe, it has quickly become a highly requested dish in my household
This was a hit!!! Even the six yr. old ate it. Not too spicey and also not a lot of fat if you use "no fat" tortillias. I think next time I make it I'll make some mexican rice and put it in the burritos also. 
 I have been asked for "my" recipe. So I had to give them the Recipezaar secret. Nice Food!
We liked these, but after all the outstanding reviews I guess I was expecting something more. We didn't find the flavor to be much different from other burrito recipes I've tried, but these involved more steps and more dishes. I served these with corn and cheesy rice. They were very large and filling, and I might try them again sometime. Thanks for sharing!
Very yummy, though I made some accidental adjustments. I had planned to make homemade refries for this, but ended up having to get canned pintos (I'm blushing furiously) and blending them in the food processor with some Old Bay Garlic and Herb seasoning, a little tarragon, and a very small splash of lime juice. I forgot to add the cumin. Also, I accidentally got green chile enchilada sauce. I used smaller tortillas which made, of course, twice as many, and used colby cheese. My husband, kids, and a guest and I all thought this was really great. I loved the texture of the meat and smooth beans, and the overall flavors were delightful. I'll try this again following the directions exactly and see what happens. We served this with a simple fruit salad and it was very satisfying.
After so many reviews there is not a whole lot I could add. These truly are simple to put together and were enjoyed by the whole family!
Excellent recipe. I didn't have any enchilada sauce but that was the only change to the recipe. Even the non-burrito eaters in my house gave it 5 stars. This recipe is a keeper.
Great recipe! Fed 7 guys at the Fire Station. It's a keeper.... Will make many more times.....Thanks
Great recipe! Thanks for posting.
This is extremely good and indulgent eating. I'm one of "those folks" who'd never heard of a wet burrito, but was sick of our usual mexican entrees. I'll admit I was a bit hesitant at first with the enchilada sauce & beef gravy combination, but it really mellowed the normally acidic taste of the enchilada sauce. We'll definitely be adding these to our repetoire! I set out taco fixings buffet-style and we had a great time piling everything on top. Thanks for the great recipe.
Really good! I used Recipe#141469, instead of canned enchilada sauce, and served with Recipe#117892.
Thank-you!
You have so many high, high ratings -- I know my 3 stars are not going to look good -- but the 3 stars says "we liked it". I'm not sure about the sauce -- the beef gravy seemed strange to me -- and I think that was the reason this didn't get bumped up to more stars. I definitely will make this again -- but I think I'll omit the gravy. To me it just took away from the true Mexican flavor of the sauce. And like someone else said, I think the next time I will combine the meat and bean mixture -- and then fill the tortilla. I had a can of green chilies that I wanted to toss in -- but felt I needed to follow your recipe and instructions for the firs time making it. The next time I will definitely include the chilies in with the meat/bean mixture. I'm very happy to have this recipe. And I thank you for sharing it with so many people.
Certainly my stand by when it comes to Burrito recipes. Have enjoyed it again and again.
The sauce makes the meal! Yum!
This recipe is DELICIOUS! The ingredient list seemed a little different, but it really works. The only changes I made were to use a dry package of beef gravy with 1 cup of water and I used Monterrey cheese as well as the chedder which was really good. I'll be using this recipe often, thanks!
My favorite yet! Only thing we do different is throw some chopped or sliced black olives onto the condiment plate! Beautiful pic, too!
Huge hit at our house! My 9 year old declared this "the best burrito I ever had." Other than forgetting a few minor details, I followed the recipe exactly. I used 11" jalapeno-cheddar tortilla "wraps", which was perfect for four burritos. Thanks for posting!
Absolutely positively everything it's hyped to be!!! And it was so simple to make, even my daughter was able to follow the directions. When I want a really good burrito, I never have to pay for it again. I can make my own!!! Thank you Thank You, Thank You
lot of ingredients but very simple to follow,spicey but not hot, very filling, served with tossed green salad, tomatoe salsa and tzadzicar.
Delicious! As another reviewer stated, I made these using frozen burritos and it turned out delicious! The sauce is definitely the key, it is wonderful! Using frozen burritos, it makes for a fast and tasty dinner...like a Taco Bell Enchirito, but SOOO much better.
I made the burritos last night for guests, and they were still raving about it today. Great burritos, and very easy to prepare!! Thank you, as I'll be making them often.
Roberta Cross
I have made these a few times. This last time I cut the recipe in half to make two servings. Very filling. Be sure to put toppings on after taking from the oven. Good recipe.
We've tried many recipes on the Zaar and I have to say that this is by far one of our favorites! It is a great meal for both Mexican Food Lovers and "likers" or "once in a while-ers". We try to make this about every 6 weeks to keep everyone happy. We use a homemade enchilada sauce for the wet sauce from this site as well and it makes the recipe truly superb!
Best I&#039;ve ever made! Thanks
My boyfriend and I Loved this recipe. There is NO way you mess this recipe up, and believe me I had messing ingredients no canned diced tomatoes, totally forgot the black peppers, and didn't serve it with salsa, or onions, just tomatoes, and lettuce. and it was
Very, very good.
These burritos were amazing! They tasted so much better than wet burritos I've had at restaurants. I did add some diced green chilis, rice, and cheese to the inside of mine. The filling could have filled twice as many burritos- although I may just not have had big enough tortillas. I don't mind though because I had leftovers and they tasted even better the next day. My family loved them and ask for them all the time! Thanks for the great recipe. I have a feeling I will be making these a lot. =)
These were not bad -- but I will say that, for our family, the spices in the gravy introduced a jarring note into this Mexican dish. Also, I think we would like these better with something besides ground beef for filling.
This is my family's all time favorite burrito recipe!! We top it off with pico de gallo.
My Girlfriend loved this.
Very easy to make. Not as good as I was expecting from the other reviews
